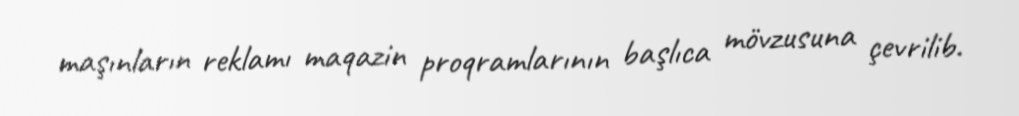
maşınların reklamı maqazin proqramlarının başlıca mövzusuna çevrilib.